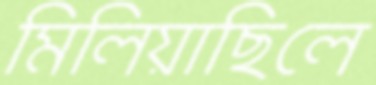
মিলিয়াছিলে